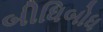
બીધિબોધ